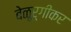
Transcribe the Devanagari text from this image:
बेळूर्गीकर